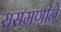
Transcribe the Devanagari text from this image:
रासमणीने